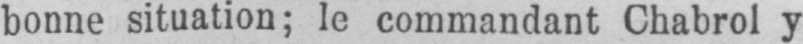
bonne situation; le commandant Chabrol y